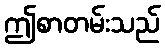
ဤစာတမ်းသည်